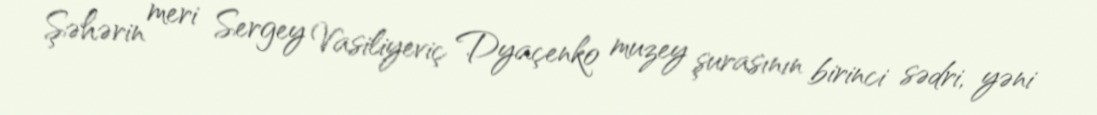
Şəhərin meri Sergey Vasiliyeviç Dyaçenko muzey şurasının birinci sədri, yəni